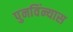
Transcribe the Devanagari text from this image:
पुनविंन्यास